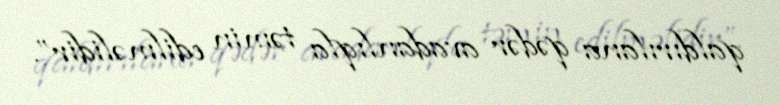
qaldırılana qədər avadanlıqla təmin edilməlidir”.